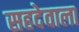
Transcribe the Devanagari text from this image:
सहदेवाला